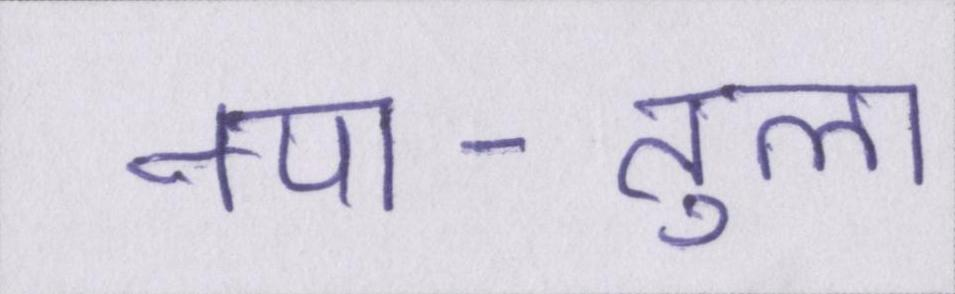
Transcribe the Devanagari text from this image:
नपा-तुला